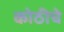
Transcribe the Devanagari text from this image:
कोठीचे